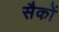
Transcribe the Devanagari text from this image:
सैकों